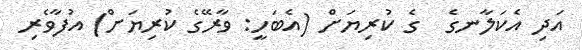
އަދި އެކަލާނގެ  ގެ ކުރިޔަށް (އެބަހީ: ވާރޭގެ ކުރިޔަށް) އުފާވެރި